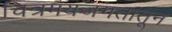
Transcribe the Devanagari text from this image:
चित्रमयजगतातून